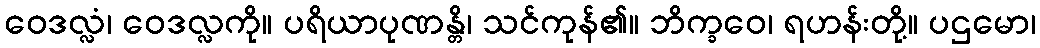
ဝေဒလ္လံ၊ ဝေဒလ္လကို။ ပရိယာပုဏန္တိ၊ သင်ကုန်၏။ ဘိက္ခဝေ၊ ရဟန်းတို့။ ပဌမော၊